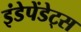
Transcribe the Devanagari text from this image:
इंडेपेंडेट्स